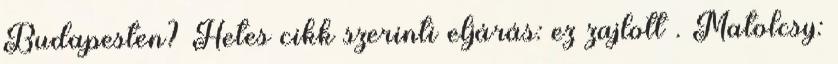
Budapesten? Hetes cikk szerinti eljárás: ez zajlott . Matolcsy: